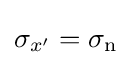
\sigma _{x'}=\sigma _{\mathrm {n} }